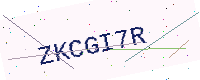
Text: ZKCGI7R